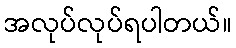
အလုပ်လုပ်ရပါတယ်။